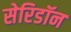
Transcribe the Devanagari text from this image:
सेरिडॉन